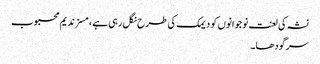
نشہ کی لعنت نوجوانوں کو دیمک کی طرح نگل رہی ہے ، مسز ندیم محبوب
سرگودھا۔